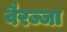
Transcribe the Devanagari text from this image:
वैरज्जा